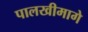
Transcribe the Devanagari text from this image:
पालखीमागे